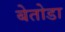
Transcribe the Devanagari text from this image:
बेतोडा